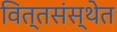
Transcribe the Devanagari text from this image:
वित्तसंस्थेत